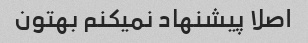
اصلا پیشنهاد نمیکنم بهتون